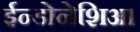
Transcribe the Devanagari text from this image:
ईन्डोनेशिआ